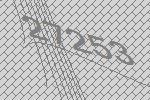
27253